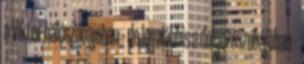
a Viktor há­lószobájában – de legalábbis a dolgozószobájában -